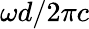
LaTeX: \omega d/2\pi c